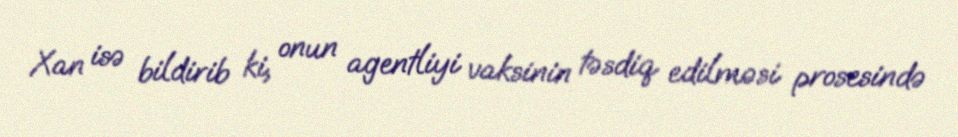
Xan isə bildirib ki, onun agentliyi vaksinin təsdiq edilməsi prosesində